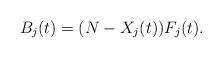
LaTeX: \begin{align*}B_j(t) = (N - X_j(t)) F_j(t).\end{align*}